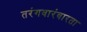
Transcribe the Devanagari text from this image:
तरंगवारंवारता